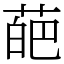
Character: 葩